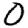
Digit: 0